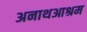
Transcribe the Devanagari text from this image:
अनाथआश्रम